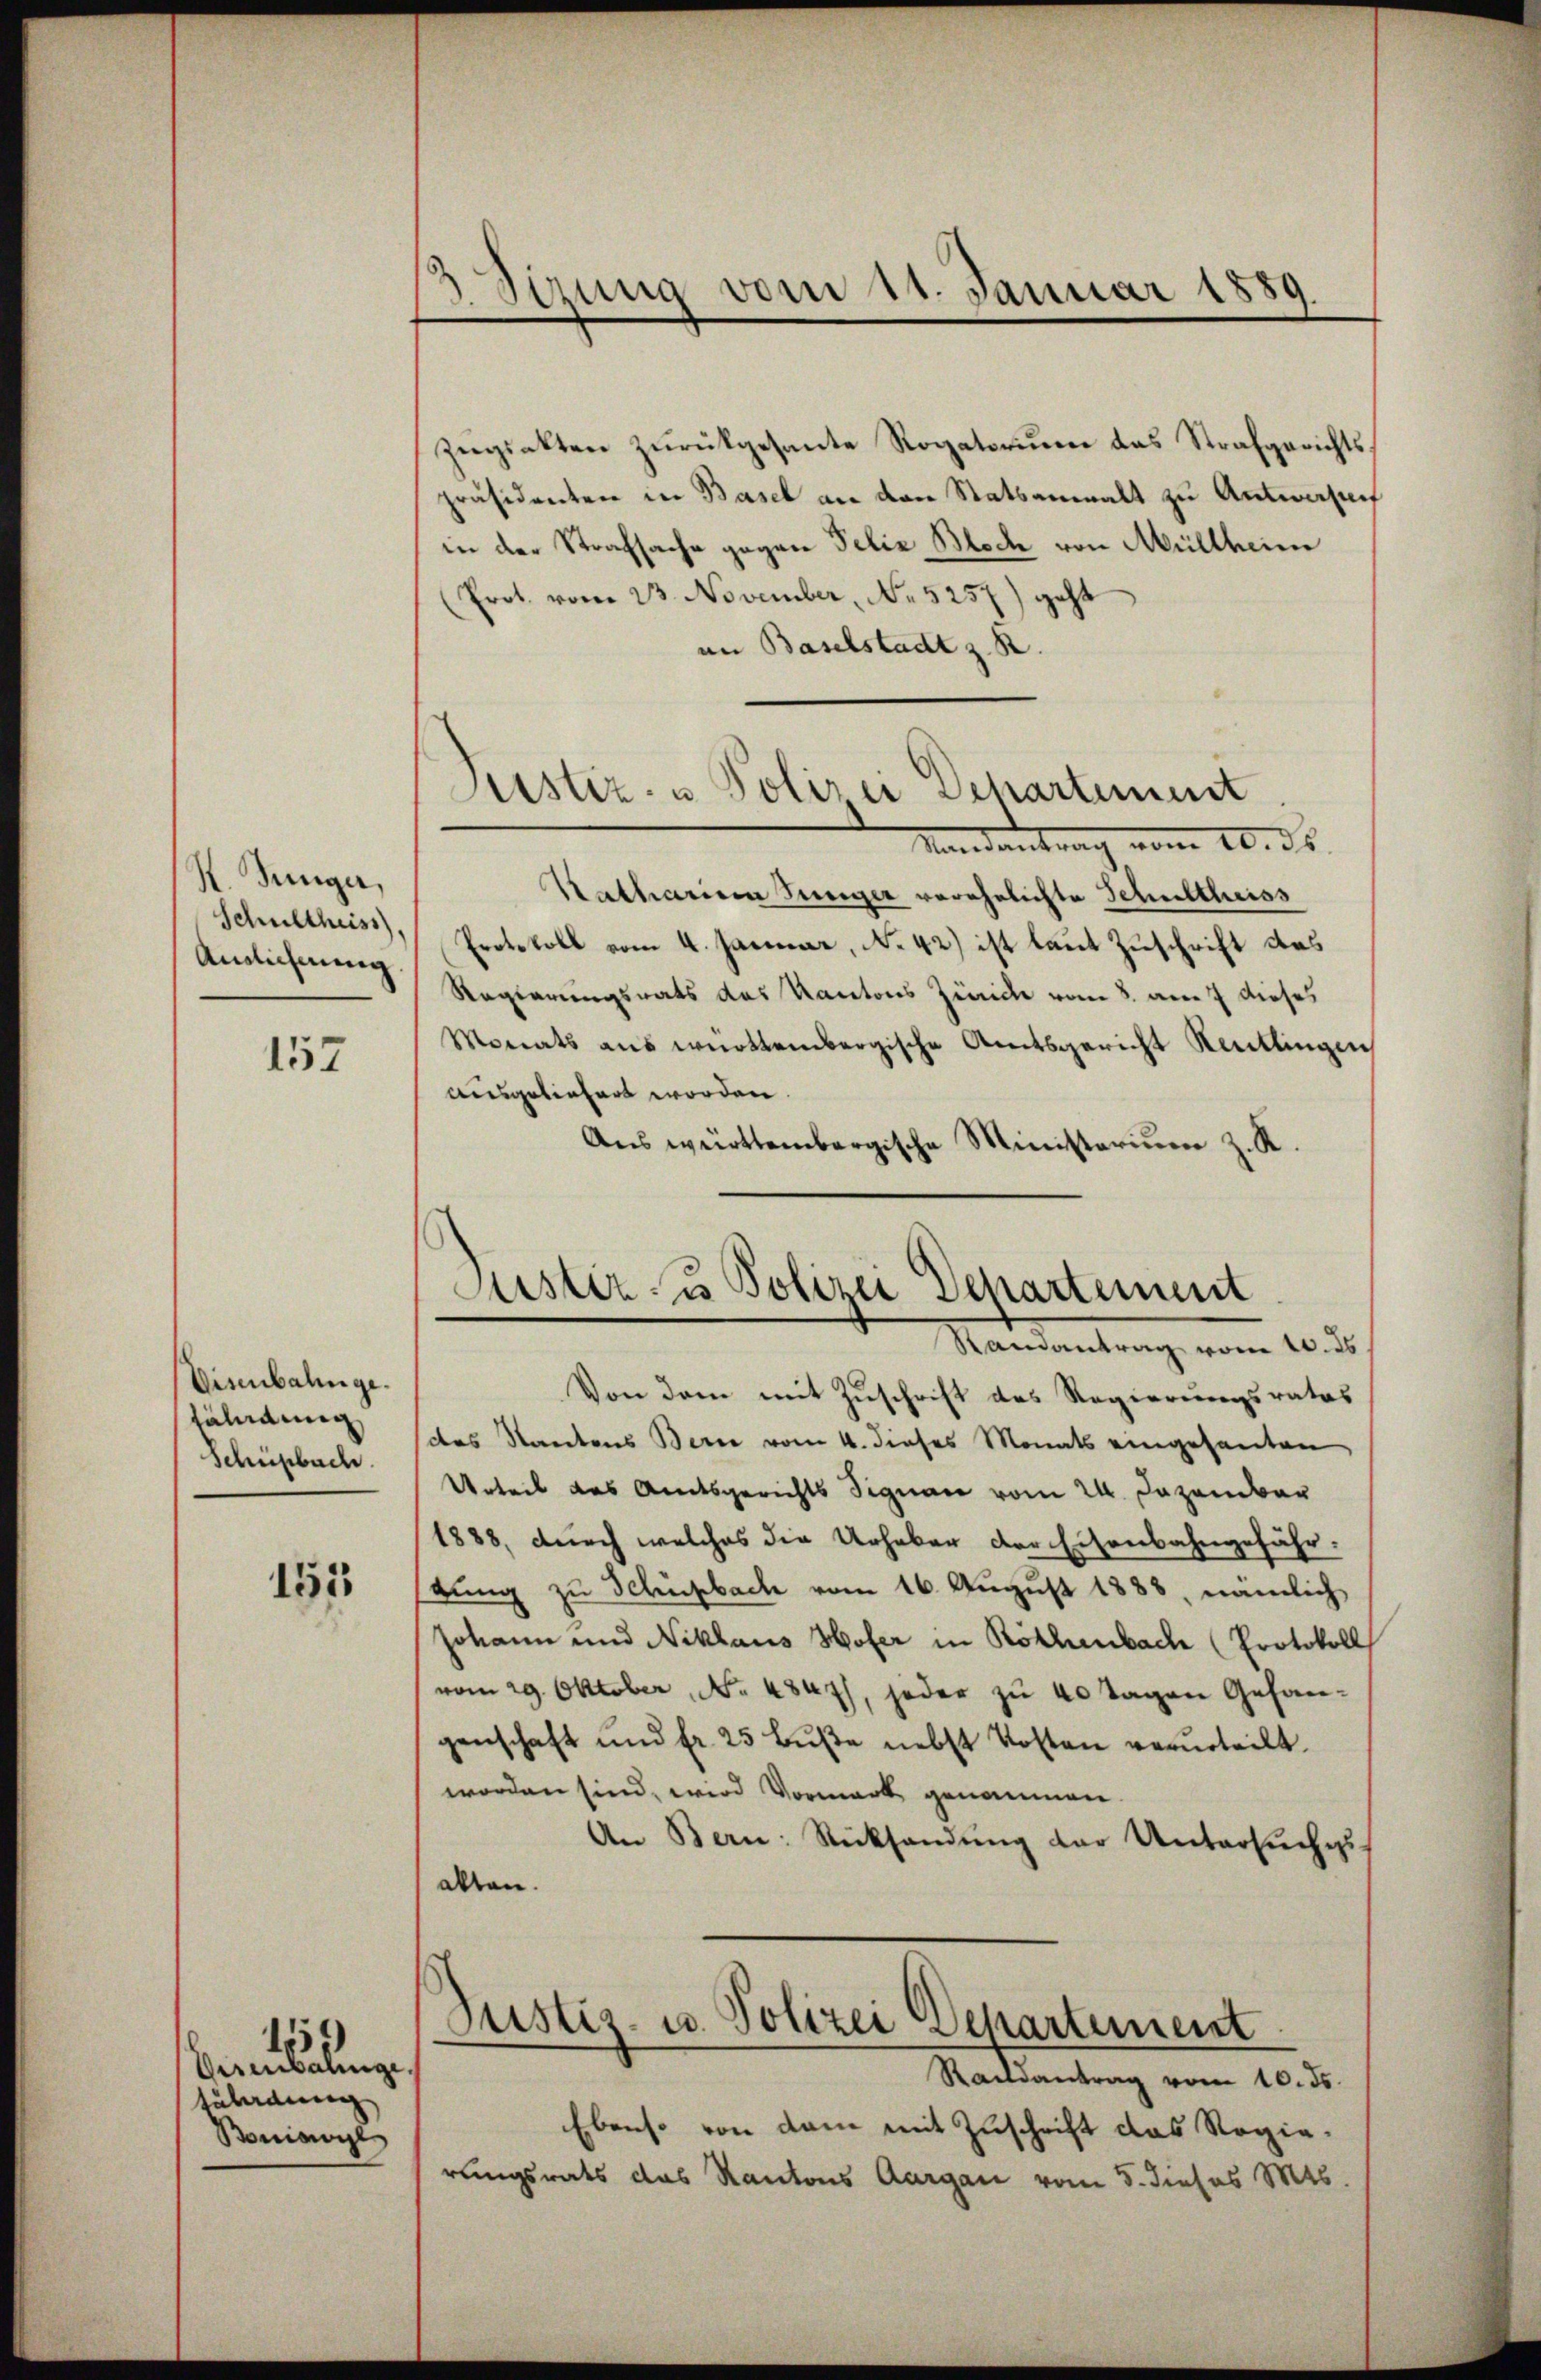
R. Junger,
Schultheiss,
Auslicherung

157

Disenbahnge¬
Euldung
Schüepbach.

151

Wesentalinge
Füladung
Boniswyl

15

5 Sirung vom 11. Januar 1889.
d

Justiz- u Polizei Departement

Justiz- u Polizei Departement
Standentrag, vom 10. d.

Zigsakten zurückgesante Rogatorium das Strafgerichtspräsidenten in Basel an den Statsanwalt zu Antwortung
in der Strafsache gegen Felix Bloch von Müllheim
(Prot. vom 23. November, No 5257) geht
an Baselstadt z. R.
Mandant de
Kathanen Junger verehelichte Schultheiss
Protokoll vom 4. Januar, No 42) ist laut Zuschrift des
Regierungsrats das Kantons Zürich vom 8. am 7 dieses
Monats aus württembergische Amtsgericht Reutlingen
ausgeliehers worden.
Aus württembergische Ministerium z. K.
Von dem mit Zuschrift des Regierungsrates
des Stantens Bern vom 4. dieses Monats eingesanten,
Urteil das Amtsgerichts Signau vom 24. Dezember
1888, durch welches die Urhaber der Eisenbahngefähr.
stung zu Schüpbach vom 16. August 1888, nämlich
Johann und Niklaus Hofer in Röthenbach (Protokoll
vom 29. Oktober, No 4847), jeder zu 40 Tagen Gesangenschaft und fr. 25 Bŭβe nebst Kosten verurteilt.
worden sind, wird Vormerk genommen.
An Bern: Rücksendŭng der Untersŭches
alten.
Justiz- u. Polizei Departement
Raisantrag vom 10. ds.
Ebenso von dem mit Zuschrift das Regierungsrats das Kantons Aargau vom 5. dieses 846.